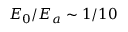
E _ { 0 } / E _ { a } \sim 1 / 1 0